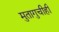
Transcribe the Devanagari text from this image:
मुतागुचीही